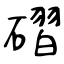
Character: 磖